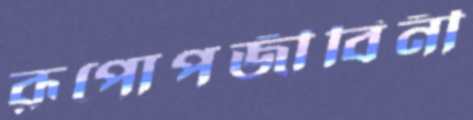
রূপোপজীবিনী